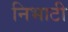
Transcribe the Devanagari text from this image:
निभाटी